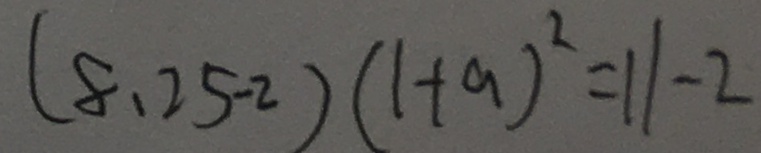
( 8 . 2 5 - 2 ) ( 1 + a ) ^ { 2 } = 1 1 - 2